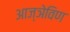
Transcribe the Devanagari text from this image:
आज्ञेविण